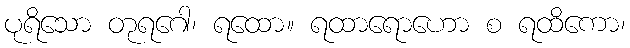
ပုရိသော တုရဂေါ၊ ရထော။ ရထာရောဟော စ ရထိကော၊